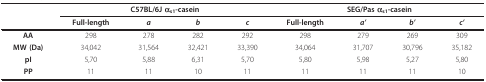
<table><thead><tr><td></td><td colspan="4"><b>C57BL/6J α<sub>s1</sub>-casein</b></td><td colspan="4"><b>SEG/Pas α<sub>s1</sub>-casein</b></td></tr><tr><td></td><td><b>Full-length</b></td><td><b><i>a</i></b></td><td><b><i>b</i></b></td><td><b><i>c</i></b></td><td><b>Full-length</b></td><td><b><i>a&#x27;</i></b></td><td><b><i>b&#x27;</i></b></td><td><b><i>c&#x27;</i></b></td></tr></thead><tbody><tr><td><b>AA</b></td><td>298</td><td>278</td><td>282</td><td>292</td><td>298</td><td>279</td><td>269</td><td>309</td></tr><tr><td><b>MW (Da)</b></td><td>34,042</td><td>31,564</td><td>32,421</td><td>33,390</td><td>34,064</td><td>31,707</td><td>30,796</td><td>35,182</td></tr><tr><td><b>pI</b></td><td>5,70</td><td>5,88</td><td>6,31</td><td>5,70</td><td>5,80</td><td>5,98</td><td>5,27</td><td>5,80</td></tr><tr><td><b>PP</b></td><td>11</td><td>11</td><td>10</td><td>11</td><td>11</td><td>11</td><td>11</td><td>10</td></tr></tbody></table>